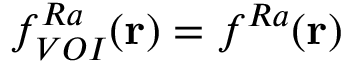
f _ { V O I } ^ { R a } ( \mathbf { r } ) = f ^ { R a } ( \mathbf { r } )